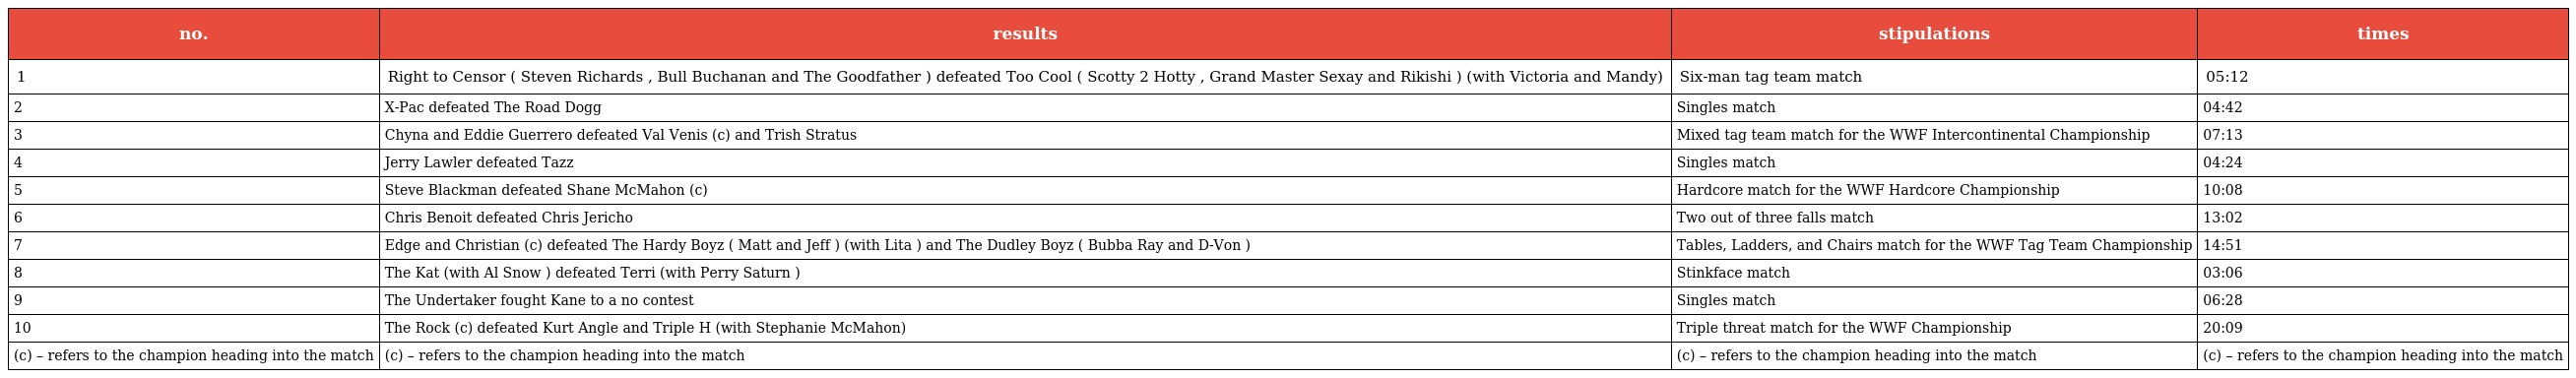
| no. | results | stipulations | times |
 | --- | --- | --- | --- |
 | 1 | Right to Censor ( Steven Richards , Bull Buchanan and The Goodfather ) defeated Too Cool ( Scotty 2 Hotty , Grand Master Sexay and Rikishi ) (with Victoria and Mandy) | Six-man tag team match | 05:12 |
 | 2 | X-Pac defeated The Road Dogg | Singles match | 04:42 |
 | 3 | Chyna and Eddie Guerrero defeated Val Venis (c) and Trish Stratus | Mixed tag team match for the WWF Intercontinental Championship | 07:13 |
 | 4 | Jerry Lawler defeated Tazz | Singles match | 04:24 |
 | 5 | Steve Blackman defeated Shane McMahon (c) | Hardcore match for the WWF Hardcore Championship | 10:08 |
 | 6 | Chris Benoit defeated Chris Jericho | Two out of three falls match | 13:02 |
 | 7 | Edge and Christian (c) defeated The Hardy Boyz ( Matt and Jeff ) (with Lita ) and The Dudley Boyz ( Bubba Ray and D-Von ) | Tables, Ladders, and Chairs match for the WWF Tag Team Championship | 14:51 |
 | 8 | The Kat (with Al Snow ) defeated Terri (with Perry Saturn ) | Stinkface match | 03:06 |
 | 9 | The Undertaker fought Kane to a no contest | Singles match | 06:28 |
 | 10 | The Rock (c) defeated Kurt Angle and Triple H (with Stephanie McMahon) | Triple threat match for the WWF Championship | 20:09 |
 | (c) – refers to the champion heading into the match | (c) – refers to the champion heading into the match | (c) – refers to the champion heading into the match | (c) – refers to the champion heading into the match |